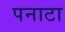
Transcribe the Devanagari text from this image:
पनाटा